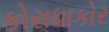
કોરાધાકોર